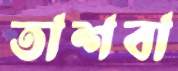
তাশবা